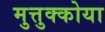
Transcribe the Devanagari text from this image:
मुत्तुक्कोया